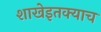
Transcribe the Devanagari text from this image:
शाखेइतक्याच